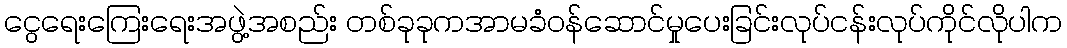
ငွေရေးကြေးရေးအဖွဲ့အစည်း တစ်ခုခုကအာမခံဝန်ဆောင်မှုပေးခြင်းလုပ်ငန်းလုပ်ကိုင်လိုပါက